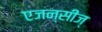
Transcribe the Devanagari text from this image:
एजन्सीज्